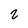
Character: 2